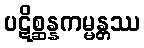
ပဋိစ္ဆန္နကမ္မန္တဿ